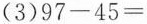
(3) $$9 7 - 4 5 =$$